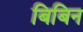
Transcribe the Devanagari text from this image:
बिबिन